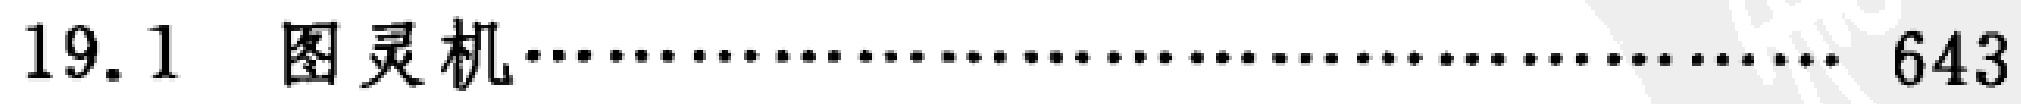
19.1 图灵机\dotfill 643